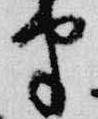
半